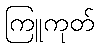
ကြူကုတ်